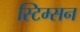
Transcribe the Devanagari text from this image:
स्टिम्सन